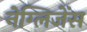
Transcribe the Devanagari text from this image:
नेग्लिजेंस